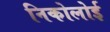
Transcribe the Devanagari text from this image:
निकोलोई